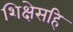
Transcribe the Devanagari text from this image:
शिक्षेसहि